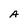
Character: A